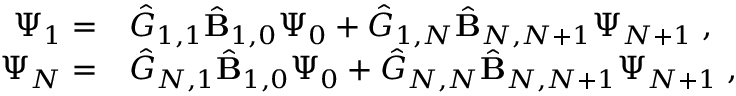
\begin{array} { r l } { \Psi _ { 1 } = } & { { } { \hat { G } } _ { 1 , 1 } \hat { \mathbf { B } } _ { 1 , 0 } \Psi _ { 0 } + { \hat { G } } _ { 1 , N } \hat { \mathbf { B } } _ { N , N + 1 } \Psi _ { N + 1 } \; , } \\ { \Psi _ { N } = } & { { } { \hat { G } } _ { N , 1 } \hat { \mathbf { B } } _ { 1 , 0 } \Psi _ { 0 } + { \hat { G } } _ { N , N } \hat { \mathbf { B } } _ { N , N + 1 } \Psi _ { N + 1 } \; , } \end{array}